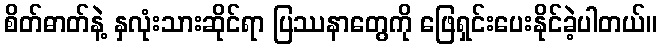
စိတ်ဓာတ်နဲ့ နှလုံးသားဆိုင်ရာ ပြဿနာတွေကို ဖြေရှင်းပေးနိုင်ခဲ့ပါတယ်။